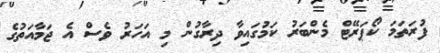
ފުރަތަމަ ކޯޕަރޭޓް މެންބަރު ކަމުގައިވާ ދިރާގުން މި އަހަރު ވެސް އެ ޖަމާއަތުގެ